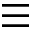
\equiv